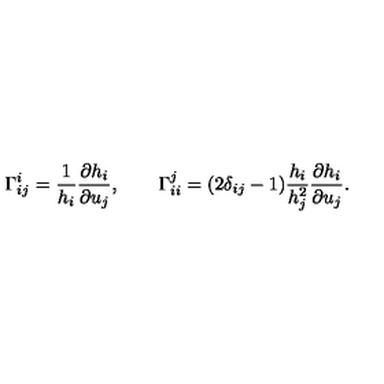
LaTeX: \Gamma _ { i j } ^ { i } = \frac { 1 } { h _ { i } } \frac { \partial h _ { i } } { \partial u _ { j } } , \qquad \Gamma _ { i i } ^ { j } = ( 2 \delta _ { i j } - 1 ) \frac { h _ { i } } { h _ { j } ^ { 2 } } \frac { \partial h _ { i } } { \partial u _ { j } } .